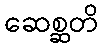
ဆေစ္ဆတိ